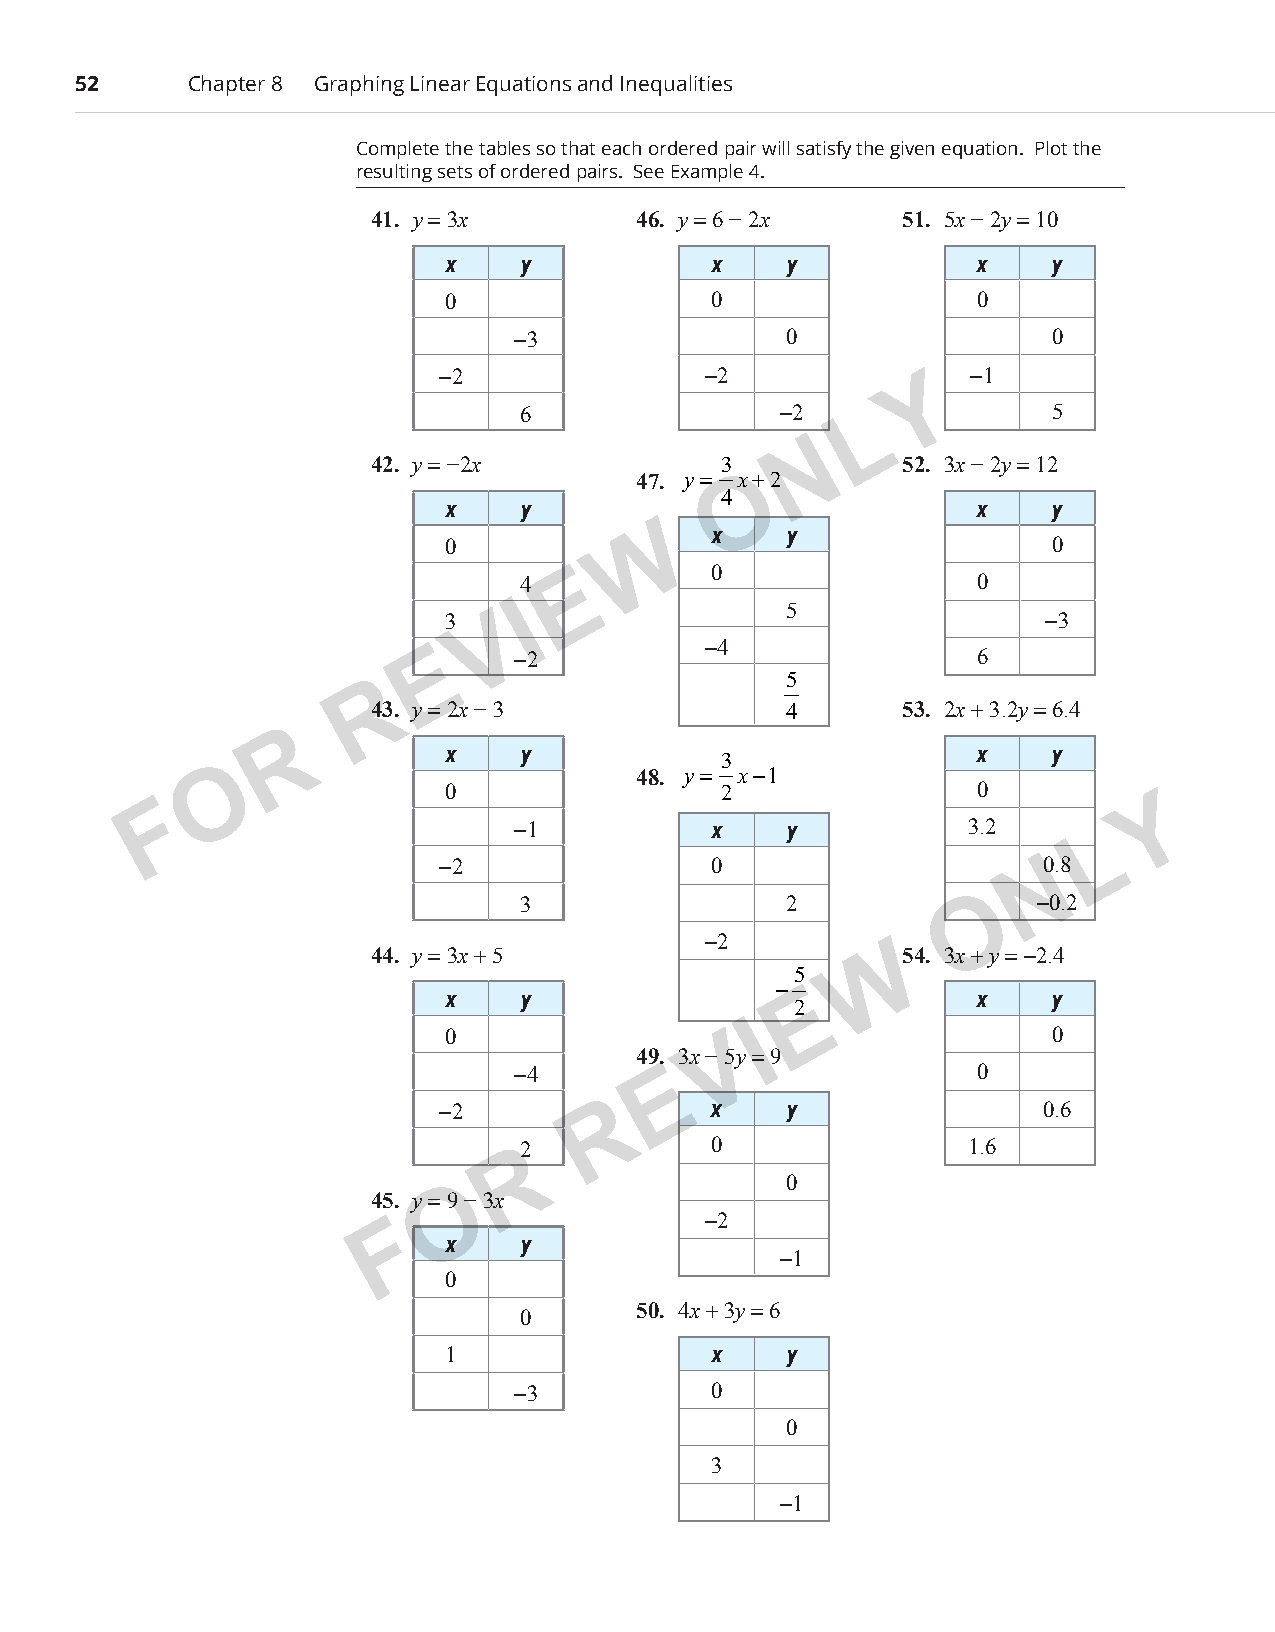
52      Chapter 8 Graphing Linear Equations and Inequalities
 Complete the tables so that each ordered pair will satisfy the given equation. Plot the
 resulting sets of ordered pairs. See Example 4.
 41. y = 3x       46. y = 6 − 2x    51. 5x − 2y = 10
 x    y           x    y            x    y
 0                0                 0
 −3                0                 0
 −2                −2
 Y
 −1
 6                −2    L           5
 N
 42. y = −2x            3           52. 3x − 2y = 12
 47. y= Ox+2
 4
 x    y                             x    y
 W    x    y
 0                                       0
 4  E        0                 0
 I                5
 3 V                                    −3
 −4
 E    −2                             6
 5
 R
 43. y = 2x − 3             4       53. 2x + 3.2y = 6.4
 R
 x    y                             x    y
 3
 O                           48. y= x−1
 0                 2                0
 F                                                                 Y
 −1           x    y           3.2      L
 −2                0                     N0.8
 3                2           O    −0.2
 −2
 44. y = 3x + 5                  W  54. 3x + y = −2.4
 5
 −
 x    y                 E           x    y
 2
 0                 V I                   0
 49. 3x − 5y = 9
 −4        E                    0
 −2         R      X    y                0.6
 2           0                1.6
 R
 0
 O
 45. y = 9 − 3x
 −2
 F
 x    y
 −1
 0
 50. 4x + 3y = 6
 0
 1                x    y
 −3           0
 0
 3
 −1
 PCM_Marketing_Booklet.indb 52                                            10/11/2017 10:01:06 AM